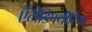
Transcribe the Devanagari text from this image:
ऐंटीडिपथीरिया